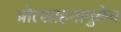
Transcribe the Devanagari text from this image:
प्रोत्साहनामुळेच